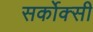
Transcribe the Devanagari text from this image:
सर्कोक्सी